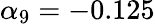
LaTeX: \alpha_{9}=-0.125